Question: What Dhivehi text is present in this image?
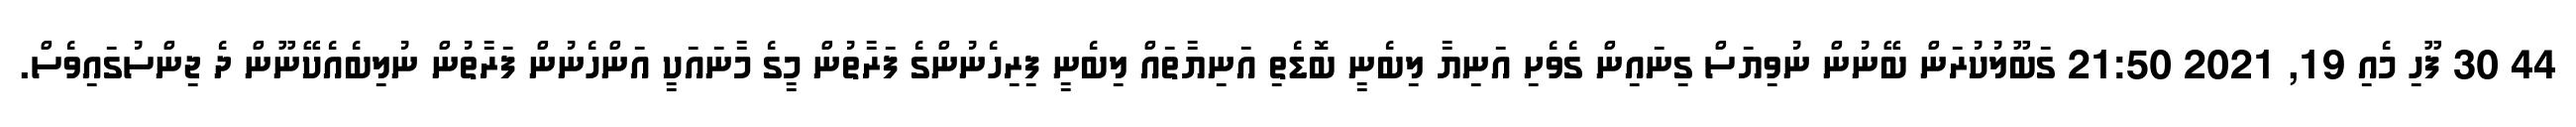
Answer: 44 30 ފޫހި މެއި 19, 2021 21:50 ގަބޫލުކުރަން ބޭނުން ނުވިޔަސް ގިނައިން ގެވެށި އަނިޔާ ލިބެނީ ބޮޑެތި އަނިޔާތައް ލިބެނީ ފިރިހެނުންގެ ފަރާތުން މީގެ މާނައަކީ އަންހެނުން ފަރާތުން ނުލިބެއެކޭނޫން ދެ ޖިންސުގައިވެސް.